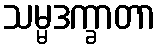
သမ္မဒက္ခာတာ